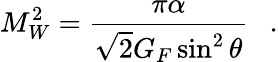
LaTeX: M_{W}^{2}=\frac{\pi\alpha}{\sqrt{2}G_{F}\sin^{2}\theta}~~~.